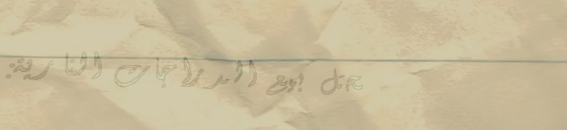
محل بيع الدراجات النارية: